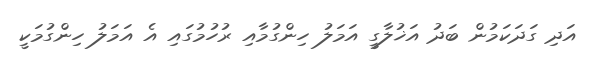
އަދި ގަދަކަމުން ބަދު އަޚުލާގީ އަމަލު ހިންގުމާއި ރުހުމުގައި އެ އަމަލު ހިންގުމަކީ